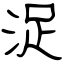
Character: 浞